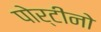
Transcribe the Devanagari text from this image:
पोर्टीनो